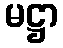
မဋ္ဌာ